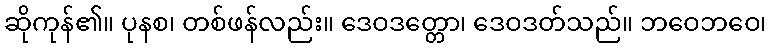
ဆိုကုန်၏။ ပုနစ၊ တစ်ဖန်လည်း။ ဒေဝဒတ္တော၊ ဒေဝဒတ်သည်။ ဘဝေဘဝေ၊